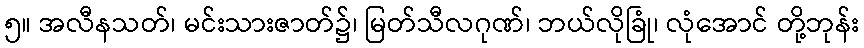
၅။ အလီနသတ်၊ မင်းသားဇာတ်၌၊ မြတ်သီလဂုဏ်၊ ဘယ်လိုခြုံ၊ လုံအောင် တို့ဘုန်း